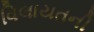
વિલાયતની